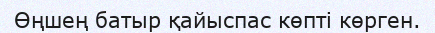
Өңшең батыр қайыспас көпті көрген.